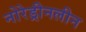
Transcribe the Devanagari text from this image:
नोरेड्रीनलीन